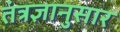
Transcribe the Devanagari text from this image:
तंत्रज्ञानुसार